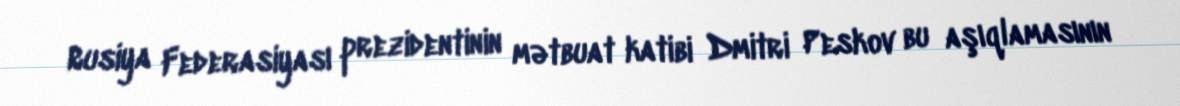
Rusiya Federasiyası prezidentinin mətbuat katibi Dmitri Peskov bu aşıqlamasının